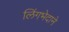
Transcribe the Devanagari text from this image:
लिंगभेदाने